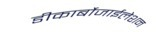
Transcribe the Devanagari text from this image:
डीकार्बोजाईलेशन